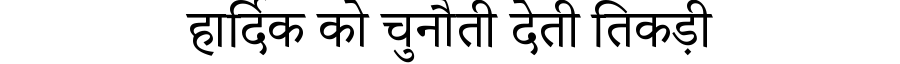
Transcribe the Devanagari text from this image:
हार्दिक को चुनौती देती तिकड़ी